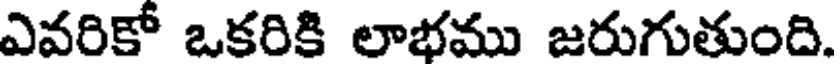
ఎవరికో ఒకరికి లాభము జరుగుతుంది.